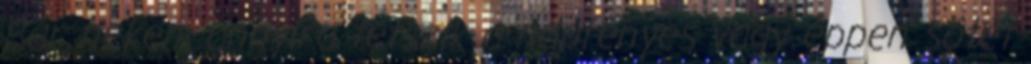
Bár nekem annyira tetszik a napfényes vagy éppen sötét